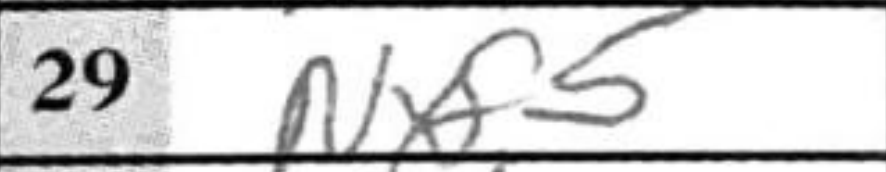
Transcription: Nxf5